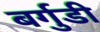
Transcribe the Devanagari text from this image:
बर्गुडी